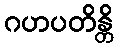
ဂဟပတိန္တိ